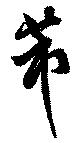
芾